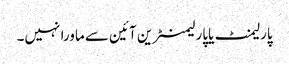
پارلیمنٹ یاپارلیمنٹرین آئین سے ماورا نہیں۔